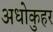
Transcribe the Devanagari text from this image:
अधोकुहर